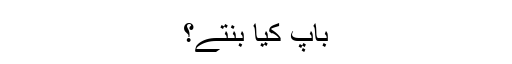
باپ کیا بنتے؟